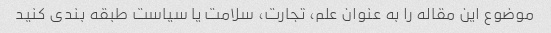
موضوع این مقاله را به عنوان علم، تجارت، سلامت یا سیاست طبقه بندی کنید